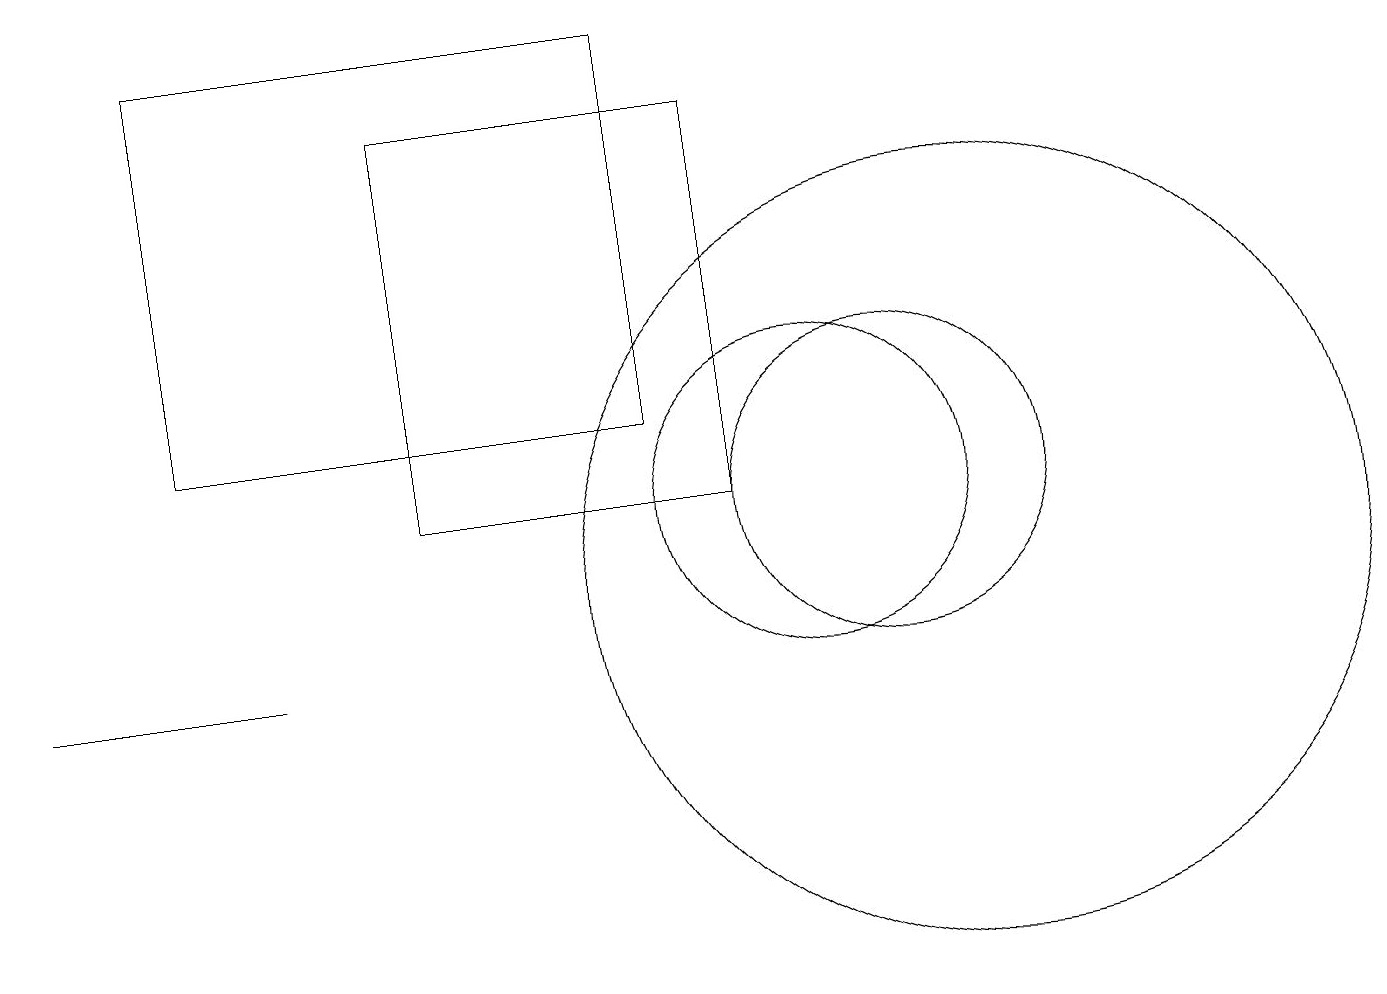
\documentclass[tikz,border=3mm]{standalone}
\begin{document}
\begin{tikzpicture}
\draw (0,10) rectangle (3,10);
\draw (8,13) rectangle (2,18);
\draw (10,12) circle (2);
\draw (12,11) circle (5);
\draw (11,12) circle (2);
\draw (9,17) rectangle (5,12);
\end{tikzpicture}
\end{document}